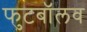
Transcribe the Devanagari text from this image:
फुटबॉलव